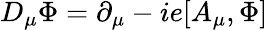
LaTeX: D_{\mu}\Phi=\partial_{\mu}-ie[A_{\mu},\Phi]